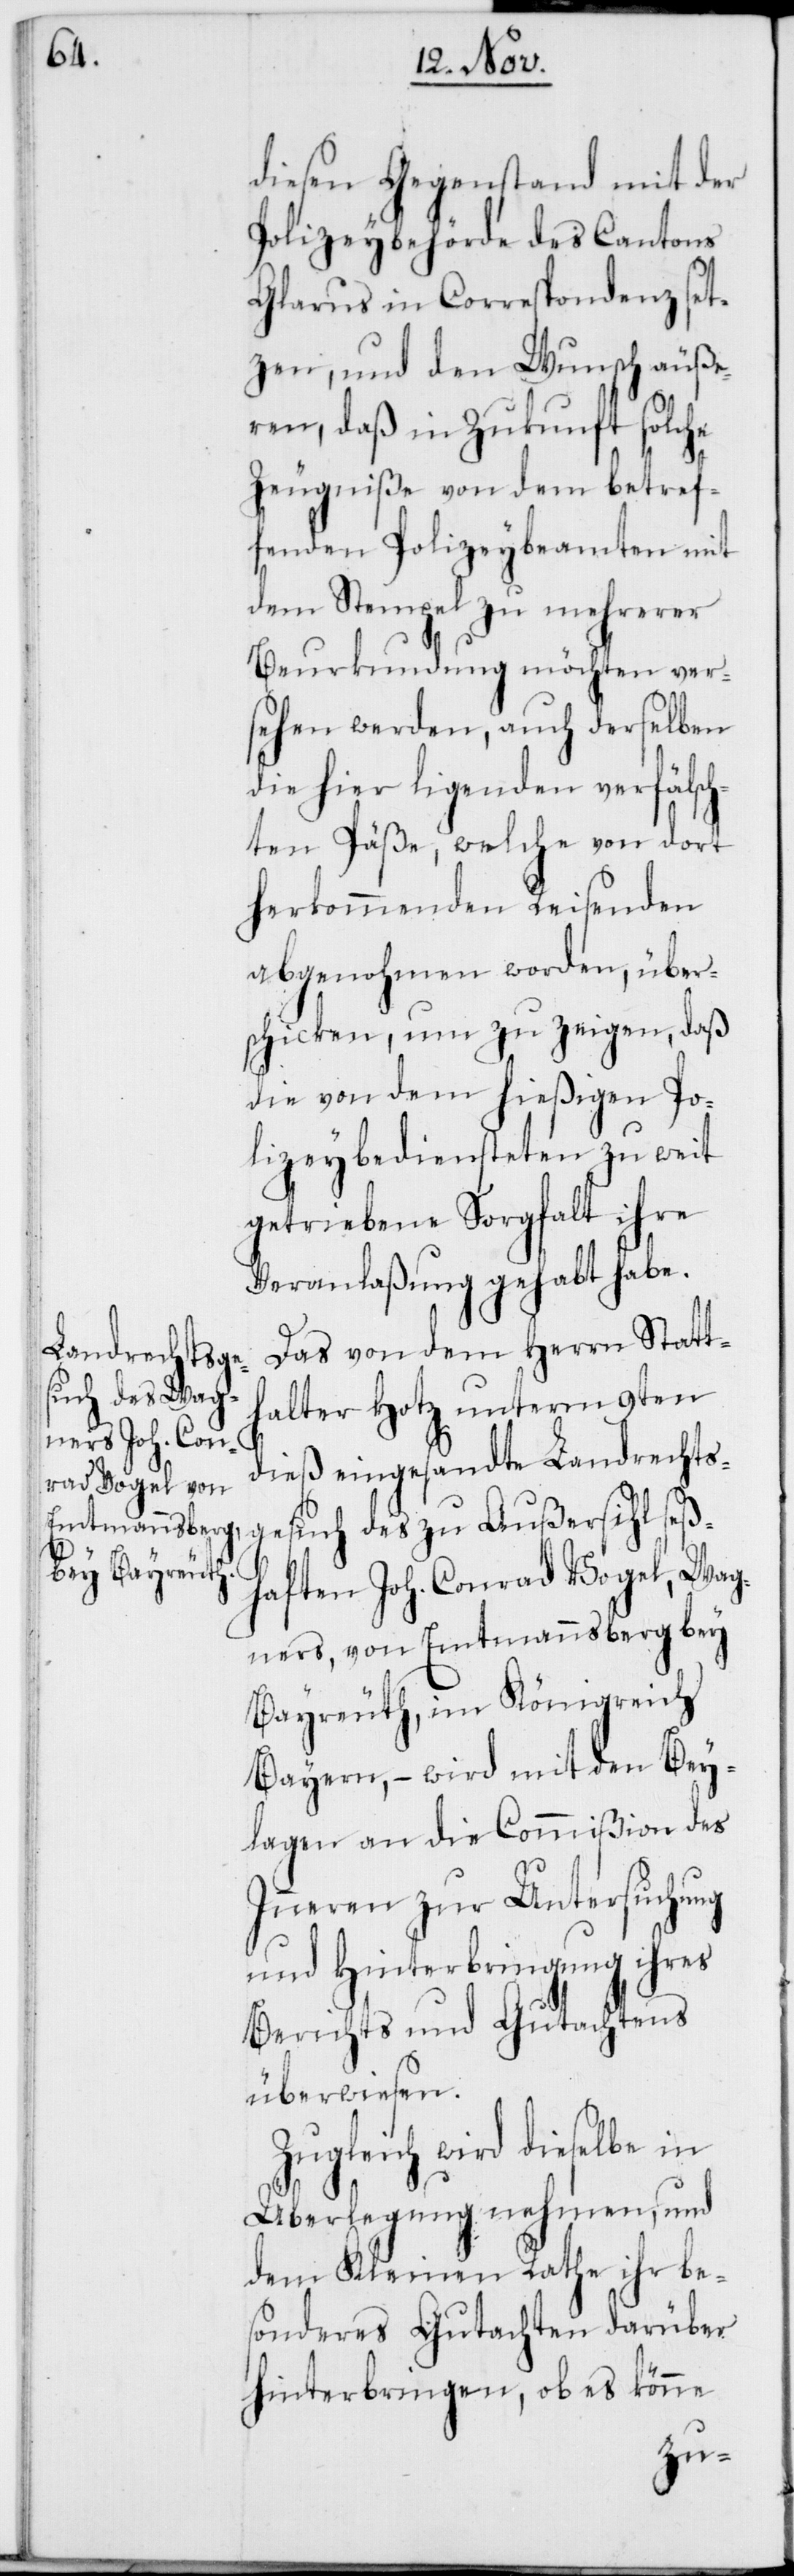
diesen Gegenstand mit der
Polizeybehörde des Cantons
Glarus in Correspondenz set¬
zen, und den Wunsch äuße¬
ren, daß in Zukunft solche
Zeugniße von dem betref¬
fenden Polizeybeamten mit
dem Stempel zu mehrerer
Beurkundung möchten ver¬
sehen werden, auch derselben
die hier ligenden verfälsch¬
ten Päße, welche von dort
herkommenden Reisenden
abgenohmen worden, über¬
schicken, um zu zeigen, daß
die von dem hießigen Po¬
lizeybediensteten zu weit
getriebene Sorgfalt ihre
Veranlaßung gehabt habe.
Das von dem Herrn Statt¬
halter Hotz unterm 9ten
dieß eingesandte Landrechts¬
gesuch des zu Außersihl seß¬
haften Joh. Conrad Vogel, Wag¬
ners, von Emtmannsberg bey
Bayreuth, im Königreich
Bayern, – wird mit den Bey¬
lagen an die Commißion des
Inneren zur Untersuchung
und Hinterbringung ihres
Berichts und Gutachtens
überwiesen.
Zugleich wird dieselbe in
Überlegung nehmen, und
dem Kleinen Rathe ihr be¬
sonderes Gutachten darüber
hinterbringen, ob es könne